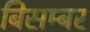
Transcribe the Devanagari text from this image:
बिसम्बर